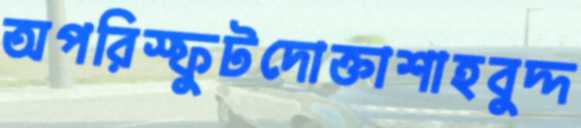
অপরিস্ফুটদোক্তাশাহবুদ্দ